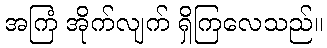
အကြံ အိုက်လျက် ရှိကြလေသည်။